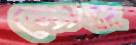
নোহ